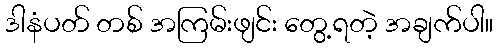
ဒါနံပတ် တစ် အကြမ်းဖျင်း တွေ့ရတဲ့ အချက်ပါ။